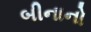
બીનાનો